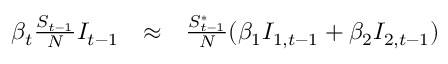
\begin{array} { r c l } { \beta _ { t } \frac { S _ { t - 1 } } { N } I _ { t - 1 } } & { \approx } & { \frac { S _ { t - 1 } ^ { * } } { N } ( \beta _ { 1 } I _ { 1 , t - 1 } + \beta _ { 2 } I _ { 2 , t - 1 } ) } \end{array}